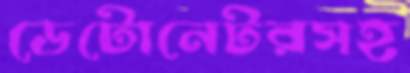
ডেটোনেটরসহ